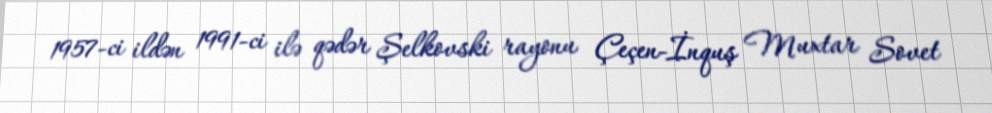
1957-ci ildən 1991-ci ilə qədər Şelkovski rayonu Çeçen-İnquş Muxtar Sovet